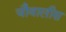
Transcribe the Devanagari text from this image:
चौवालीस